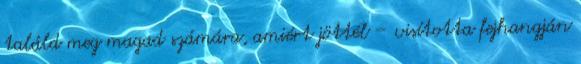
találd meg magad számára, amiért jöttél – visította fejhangján